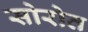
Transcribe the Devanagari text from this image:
सोरोत